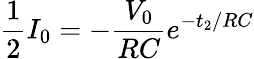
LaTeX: \frac{1}{2}I_{0}=-\frac{V_{0}}{RC}e^{-t_{2}/RC}